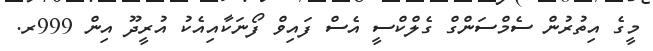
މީގެ އިތުރުން ސެމްސަންގް ގެލްކްސީ އެސް ފައިވް ފޯނަކާއިއެކު އުރީދޫ އިން 999ރ.